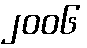
၂၀၀၆